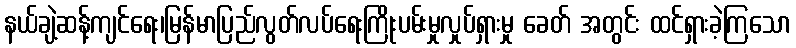
နယ်ချဲ့ဆန့်ကျင်ရေး၊မြန်မာပြည်လွတ်လပ်ရေးကြိုးပမ်းမှုလှုပ်ရှားမှု ခေတ် အတွင်း ထင်ရှားခဲ့ကြသော